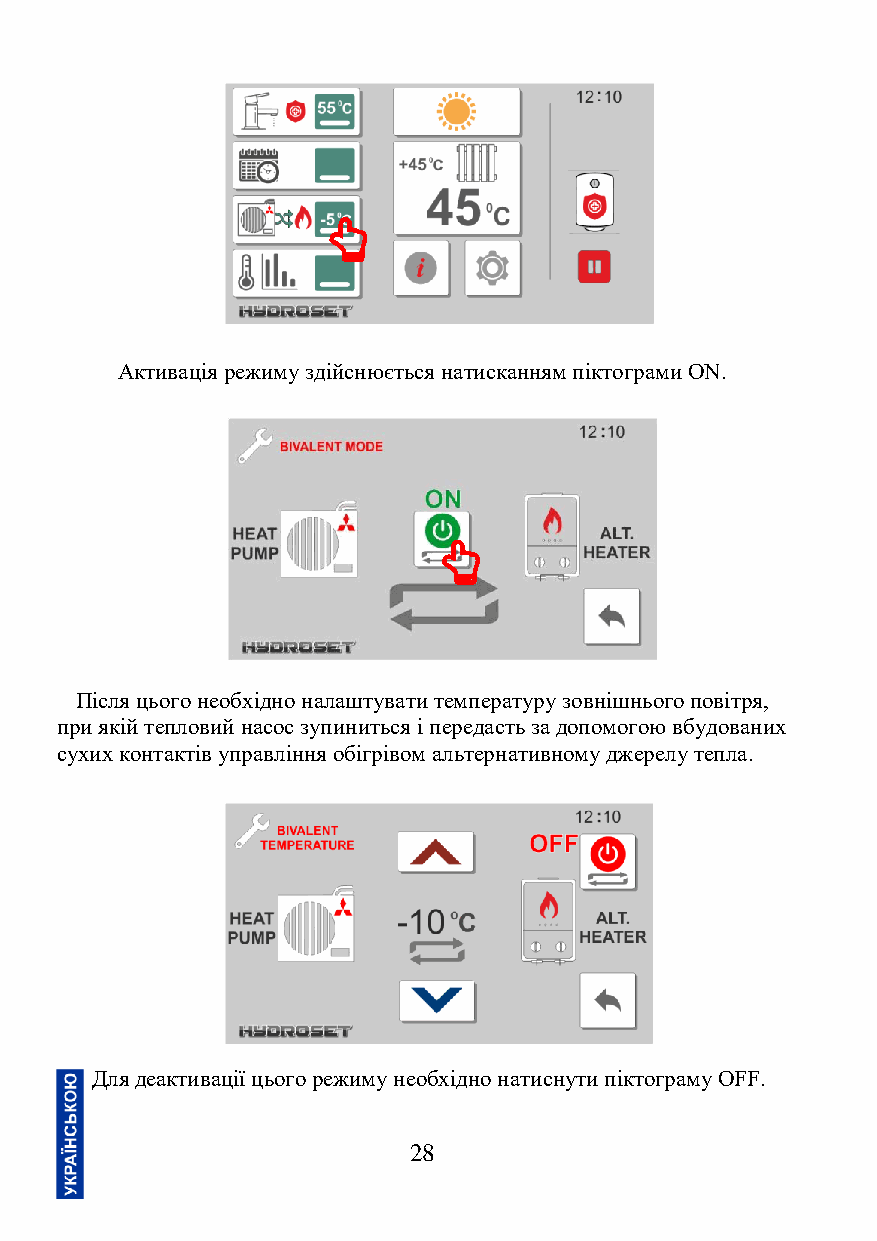
Активація режиму здійснюється натисканням піктограми ON.
 Після цього необхідно налаштувати температуру зовнішнього повітря,
 при якій тепловий насос зупиниться і передасть за допомогою вбудованих
 сухих контактів управління обігрівом альтернативному джерелу тепла.
 Для деактивації цього режиму необхідно натиснути піктограму OFF.
 28